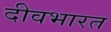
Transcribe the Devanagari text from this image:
दीवभारत